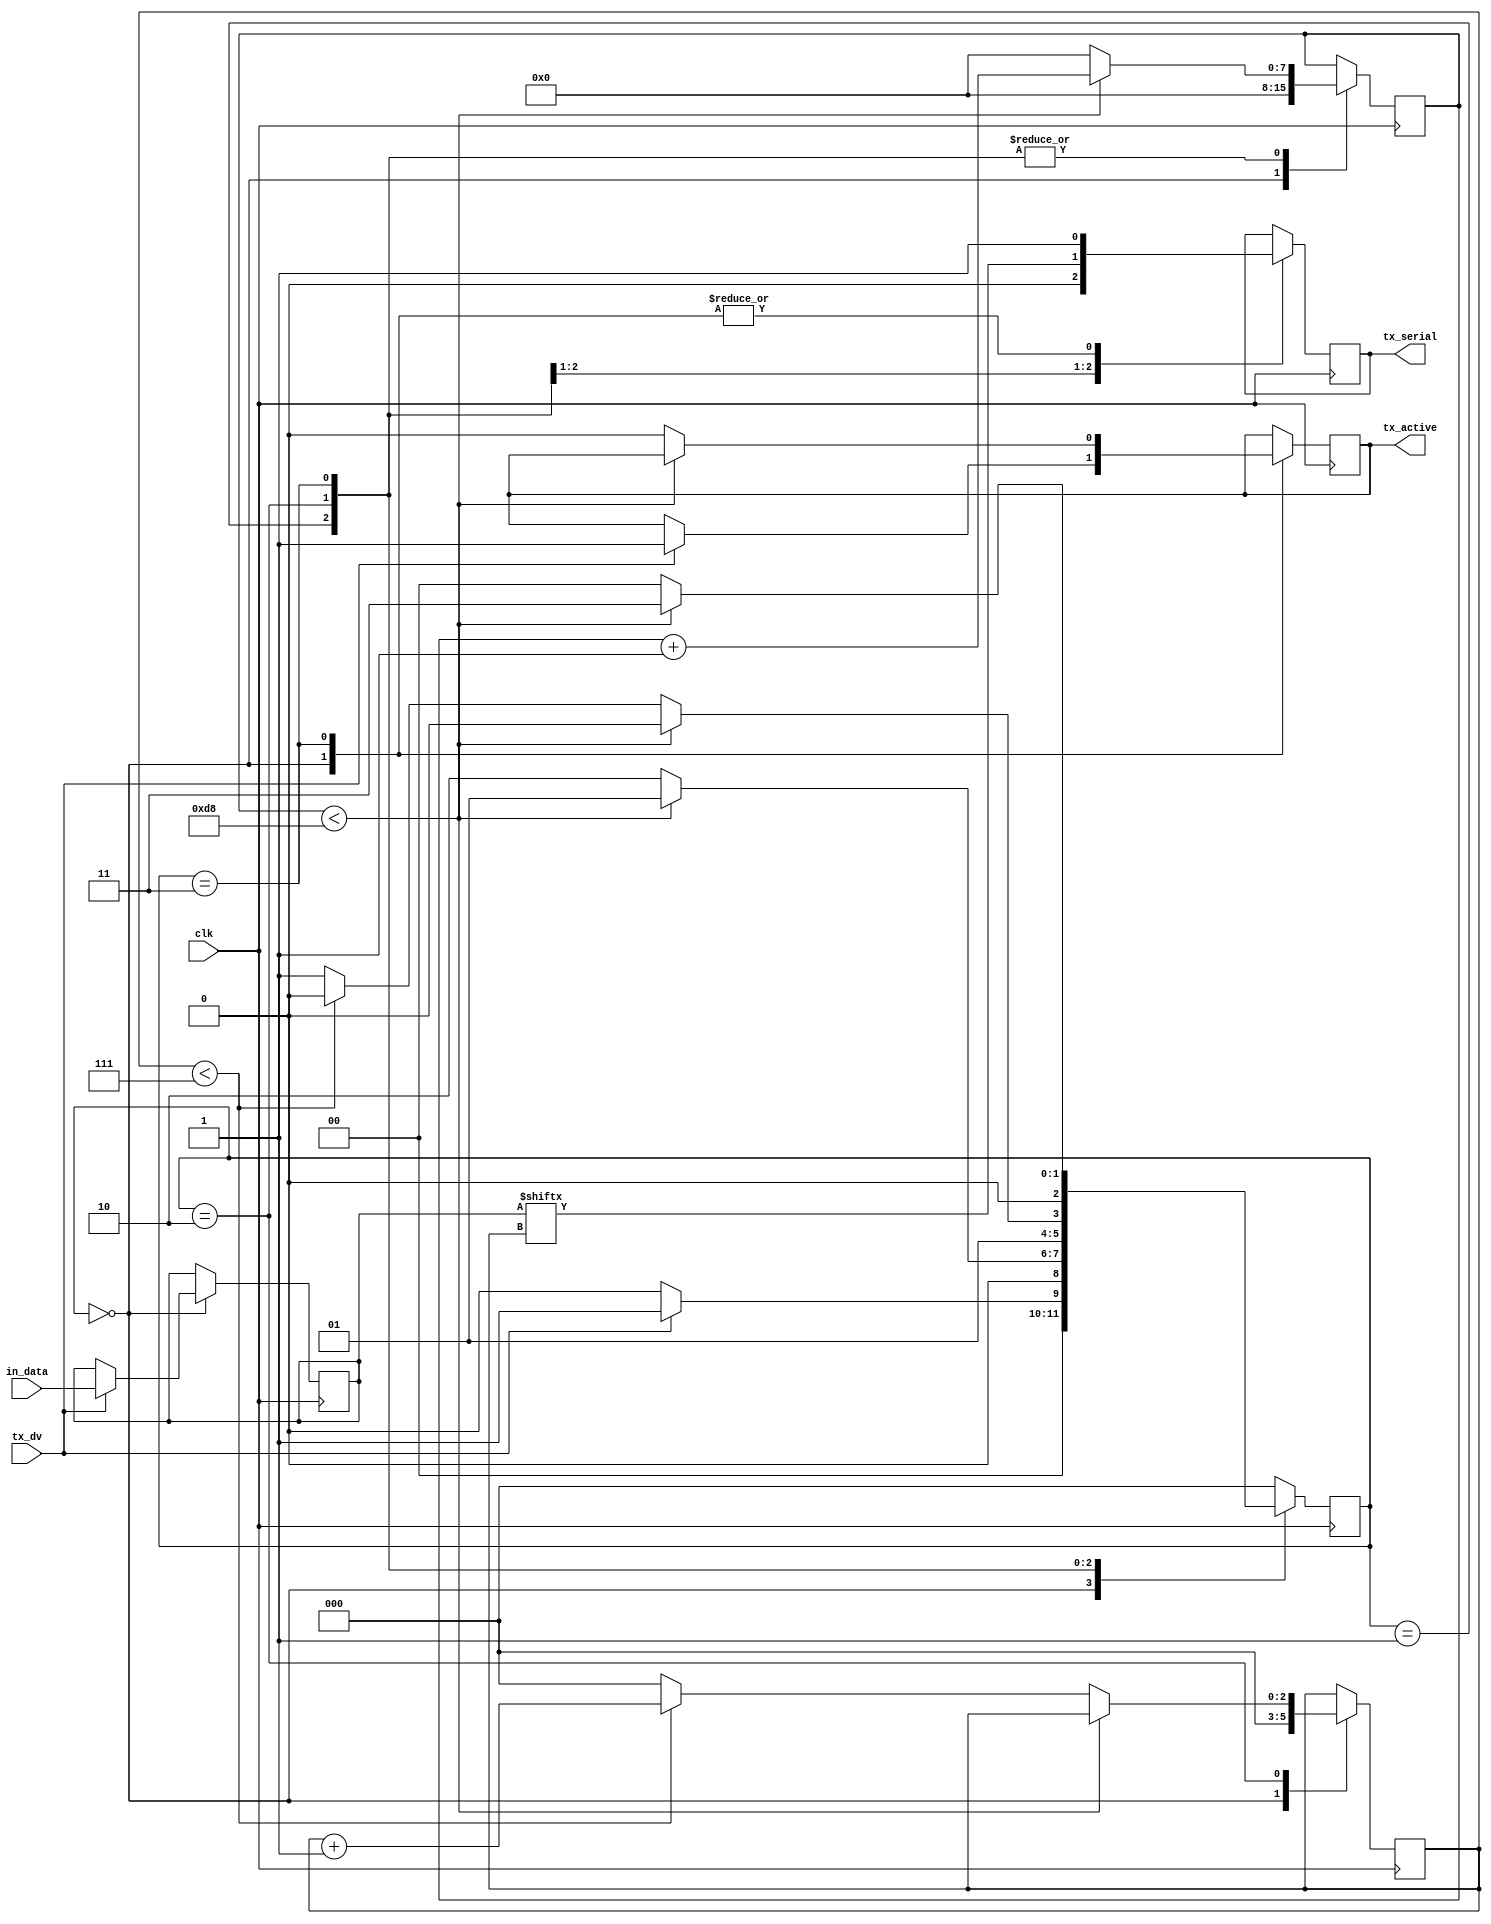
module tx_uart
#(parameter CLKS_PER_BIT = 217)
 (
    input clk,
    input [7:0] in_data,
    input tx_dv,
    output tx_active,
    output reg tx_serial
);
    
    parameter IDLE         = 3'b000;
    parameter TX_START_BIT = 3'b001;
    parameter TX_DATA_BITS = 3'b010;
    parameter TX_STOP_BIT  = 3'b011;
    
    reg [2:0] TX_STATE = 0;
    reg [7:0] clk_counter = 0;
    reg [2:0] bit_index = 0;
    reg [7:0] TX_DATA = 0;
    reg tx_active = 0;

    always @(posedge clk) begin

        case (TX_STATE)
           IDLE :
                begin
                    tx_serial <= 1'b1;
                    clk_counter <= 1'b0;
                    bit_index <= 1'b0;

                    if (tx_dv == 1'b1)begin
                        tx_active <= 1'b1;
                        TX_DATA <= in_data;
                        TX_STATE <= TX_START_BIT;
                    end
                    else begin
                        TX_STATE <= IDLE;
                    end
                end 

            TX_START_BIT :
                begin
                    tx_serial <= 1'b0;

                    if (clk_counter < CLKS_PER_BIT-1) begin
                        clk_counter <= clk_counter + 1;
                        TX_STATE <= TX_START_BIT;
                    end
                    else begin
                        clk_counter <= 0;
                        TX_STATE <= TX_DATA_BITS;
                    end
                end

            TX_DATA_BITS :
                begin
                    tx_serial <= TX_DATA[bit_index];

                    if (clk_counter < CLKS_PER_BIT-1) begin
                        clk_counter <= clk_counter + 1;
                        TX_STATE <= TX_DATA_BITS; 
                    end
                    else begin
                        clk_counter <= 0;

                        if (bit_index < 7) begin
                            bit_index <= bit_index + 1;
                            TX_STATE <= TX_DATA_BITS;
                        end
                        else begin
                            bit_index <= 0;
                            TX_STATE <= TX_STOP_BIT;
                        end
                    end
                end

            TX_STOP_BIT :
                begin
                    tx_serial <= 1'b1;

                    if(clk_counter < CLKS_PER_BIT-1) begin
                        clk_counter <= clk_counter + 1;
                        TX_STATE <= TX_STOP_BIT;
                    end
                    else begin
                        tx_active <= 1'b0;
                        clk_counter <= 0;
                        TX_STATE <= IDLE;
                    end
                end


            default: 
                TX_STATE <= IDLE;

        endcase
        
    end
    // `ifdef COCOTB_SIM
    //     initial begin
    //         $dumpfile("tx_uart.vcd");
    //         $dumpvars(0,tx_uart);
    //         #1;
    //     end
    // `endif


endmodule